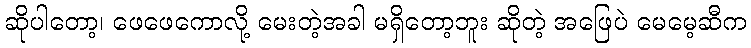
ဆိုပါတော့၊ ဖေဖေကောလို့ မေးတဲ့အခါ မရှိတော့ဘူး ဆိုတဲ့ အဖြေပဲ မေမေ့ဆီက